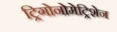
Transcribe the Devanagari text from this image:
ट्रिगोनोमेट्रिशेन